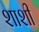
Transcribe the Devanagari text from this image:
शाशी